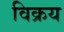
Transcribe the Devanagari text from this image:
विक्रय